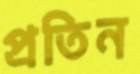
প্রতিন